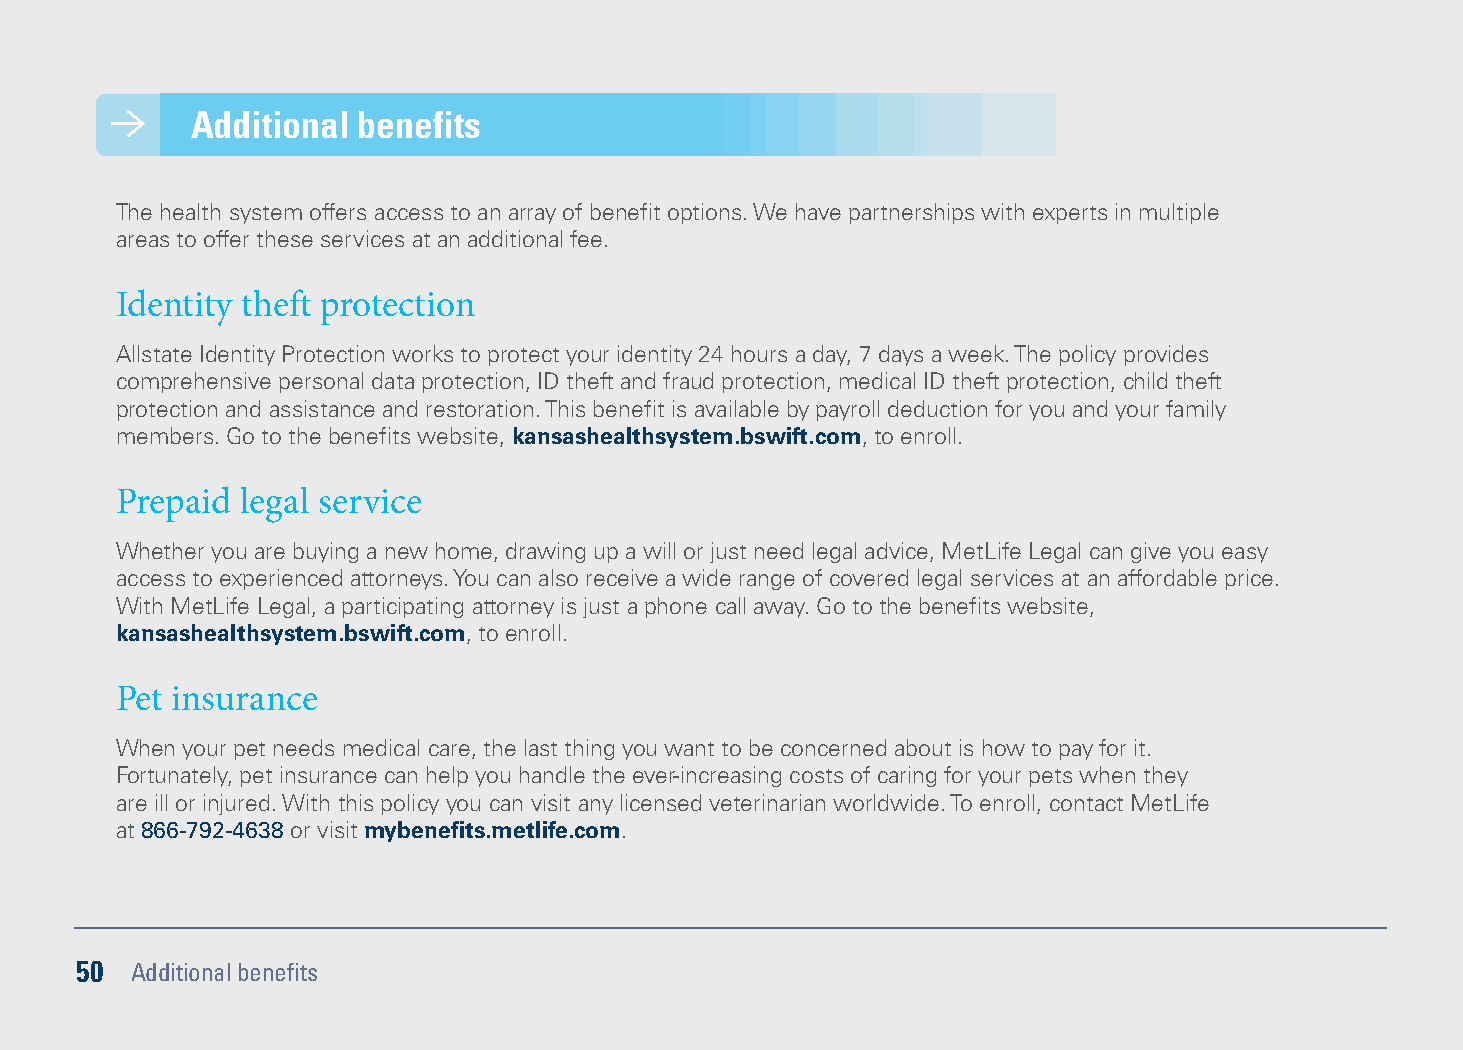
Additional benefits
 The health system offers access to an array of benefit options. We have partnerships with experts in multiple
 areas to offer these services at an additional fee.
 Identity theft protection
 Allstate Identity Protection works to protect your identity 24 hours a day, 7 days a week. The policy provides
 comprehensive personal data protection, ID theft and fraud protection, medical ID theft protection, child theft
 protection and assistance and restoration. This benefit is available by payroll deduction for you and your family
 members. Go to the benefits website, kansashealthsystem.bswift.com, to enroll.
 Prepaid legal service
 Whether you are buying a new home, drawing up a will or just need legal advice, MetLife Legal can give you easy
 access to experienced attorneys. You can also receive a wide range of covered legal services at an affordable price.
 With MetLife Legal, a participating attorney is just a phone call away. Go to the benefits website,
 kansashealthsystem.bswift.com, to enroll.
 Pet insurance
 When your pet needs medical care, the last thing you want to be concerned about is how to pay for it.
 Fortunately, pet insurance can help you handle the ever-increasing costs of caring for your pets when they
 are ill or injured. With this policy you can visit any licensed veterinarian worldwide. To enroll, contact MetLife
 at 866-792-4638 or visit mybenefits.metlife.com.
 50  Additional benefits